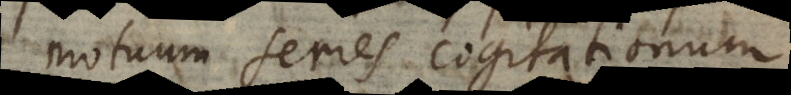
motuum series cogitationum